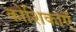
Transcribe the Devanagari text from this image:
कोशिकाऍं